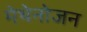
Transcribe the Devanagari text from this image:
मेथेनोजन